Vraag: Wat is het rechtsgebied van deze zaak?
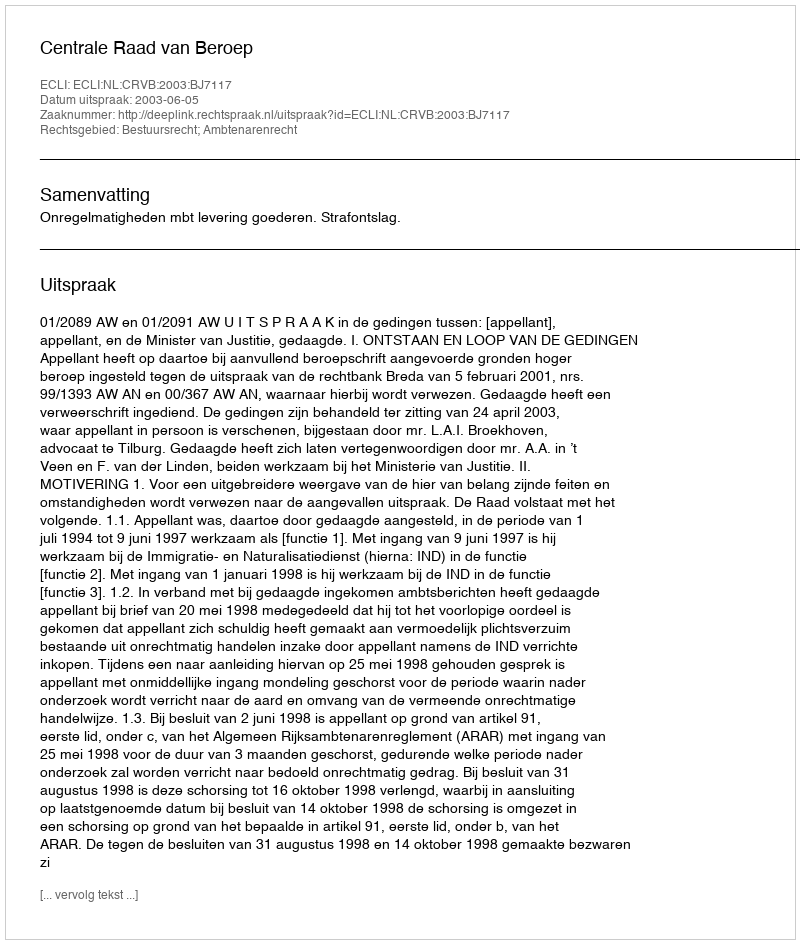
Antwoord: Bestuursrecht; Ambtenarenrecht